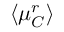
\langle \mu _ { C } ^ { r } \rangle